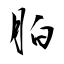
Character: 胉